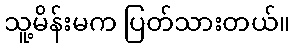
သူ့မိန်းမက ပြတ်သားတယ်။